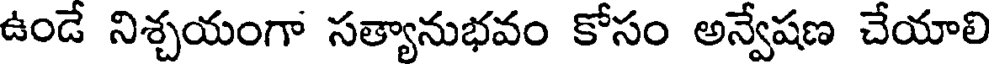
ఉండే నిశ్చయంగా సత్యానుభవం కోసం అన్వేషణ చేయాలి